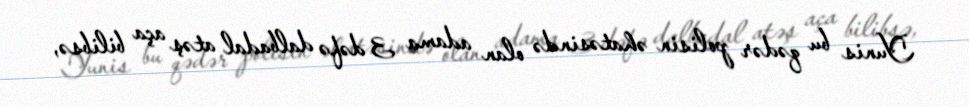
Yunis bu qədər polisin əhatəsində olan adama 3 dəfə dalbadal atəş aça bilibsə,